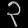
Digit: ၃